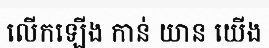
លើកឡើង កាន់ យាន យើង